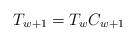
LaTeX: \begin{align*} T_{w+1}=T_wC_{w+1} \end{align*}